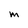
Character: M